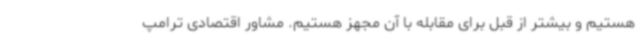
هستیم و بیشتر از قبل برای مقابله با آن مجهز هستیم. مشاور اقتصادی ترامپ